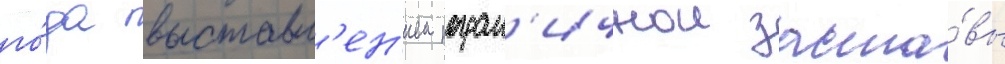
го́да выставл'ен'ием погран'ичнои заста́вы